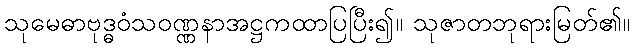
သုမေဓာဗုဒ္ဓဝံသဝဏ္ဏနာအဋ္ဌကထာပြပြီး၍။ သုဇာတဘုရားမြတ်၏။